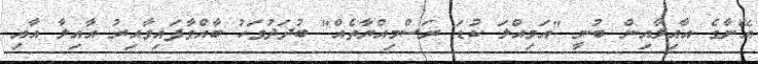
އޭނާގެ އާއިލާއިން ބުނީ "އަމިއްލަ ކުޑަ ރަސްމިއްޔާތެއް" ބުދަދުވަހު ބާއްވާފައިވާއިރު އާއިލާ އާއި